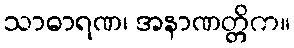
သာဓာရဏ၊ အနာဏတ္တိက။